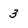
Character: 3